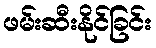
ဖမ်းဆီးနိုင်ခြင်း